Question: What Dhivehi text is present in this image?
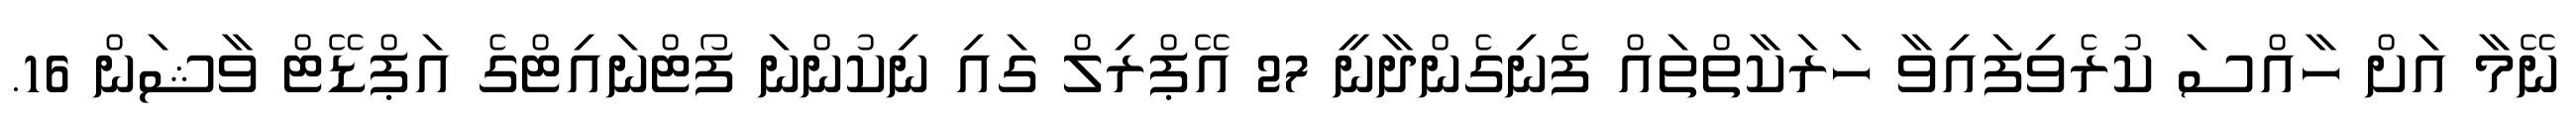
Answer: ނޭމާ އަށް ހާއްސަ ކުރެވިފައިވާ ހަރަކާތްތައް ފެނިގެންދާނީ 27 އޭޕްރިލް ގައި ނިކުންނަ ފޯޓްނައިޓްގެ އަޕްޑޭޓް ވާޝަން 16.